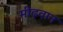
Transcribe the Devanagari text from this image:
मीढ़वान